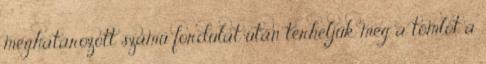
meghatározott számú fordulat után terheljük meg a tömlõt a